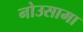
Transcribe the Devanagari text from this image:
नोउसामा